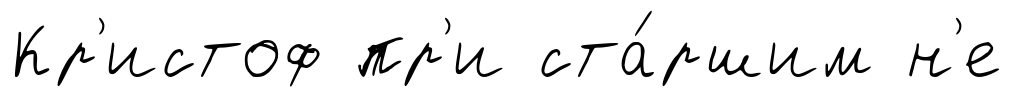
Кр'истоф пр'и ста́ршим н'е